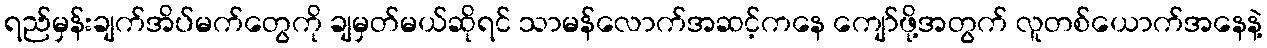
ရည်မှန်းချက်အိပ်မက်တွေကို ချမှတ်မယ်ဆိုရင် သာမန်လောက်အဆင့်ကနေ ကျော်ဖို့အတွက် လူတစ်ယောက်အနေနဲ့